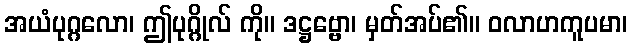
အယံပုဂ္ဂလော၊ ဤပုဂ္ဂိုလ် ကို။ ဒဋ္ဌဗ္ဗော၊ မှတ်အပ်၏။ ဝလာဟကူပမာ၊